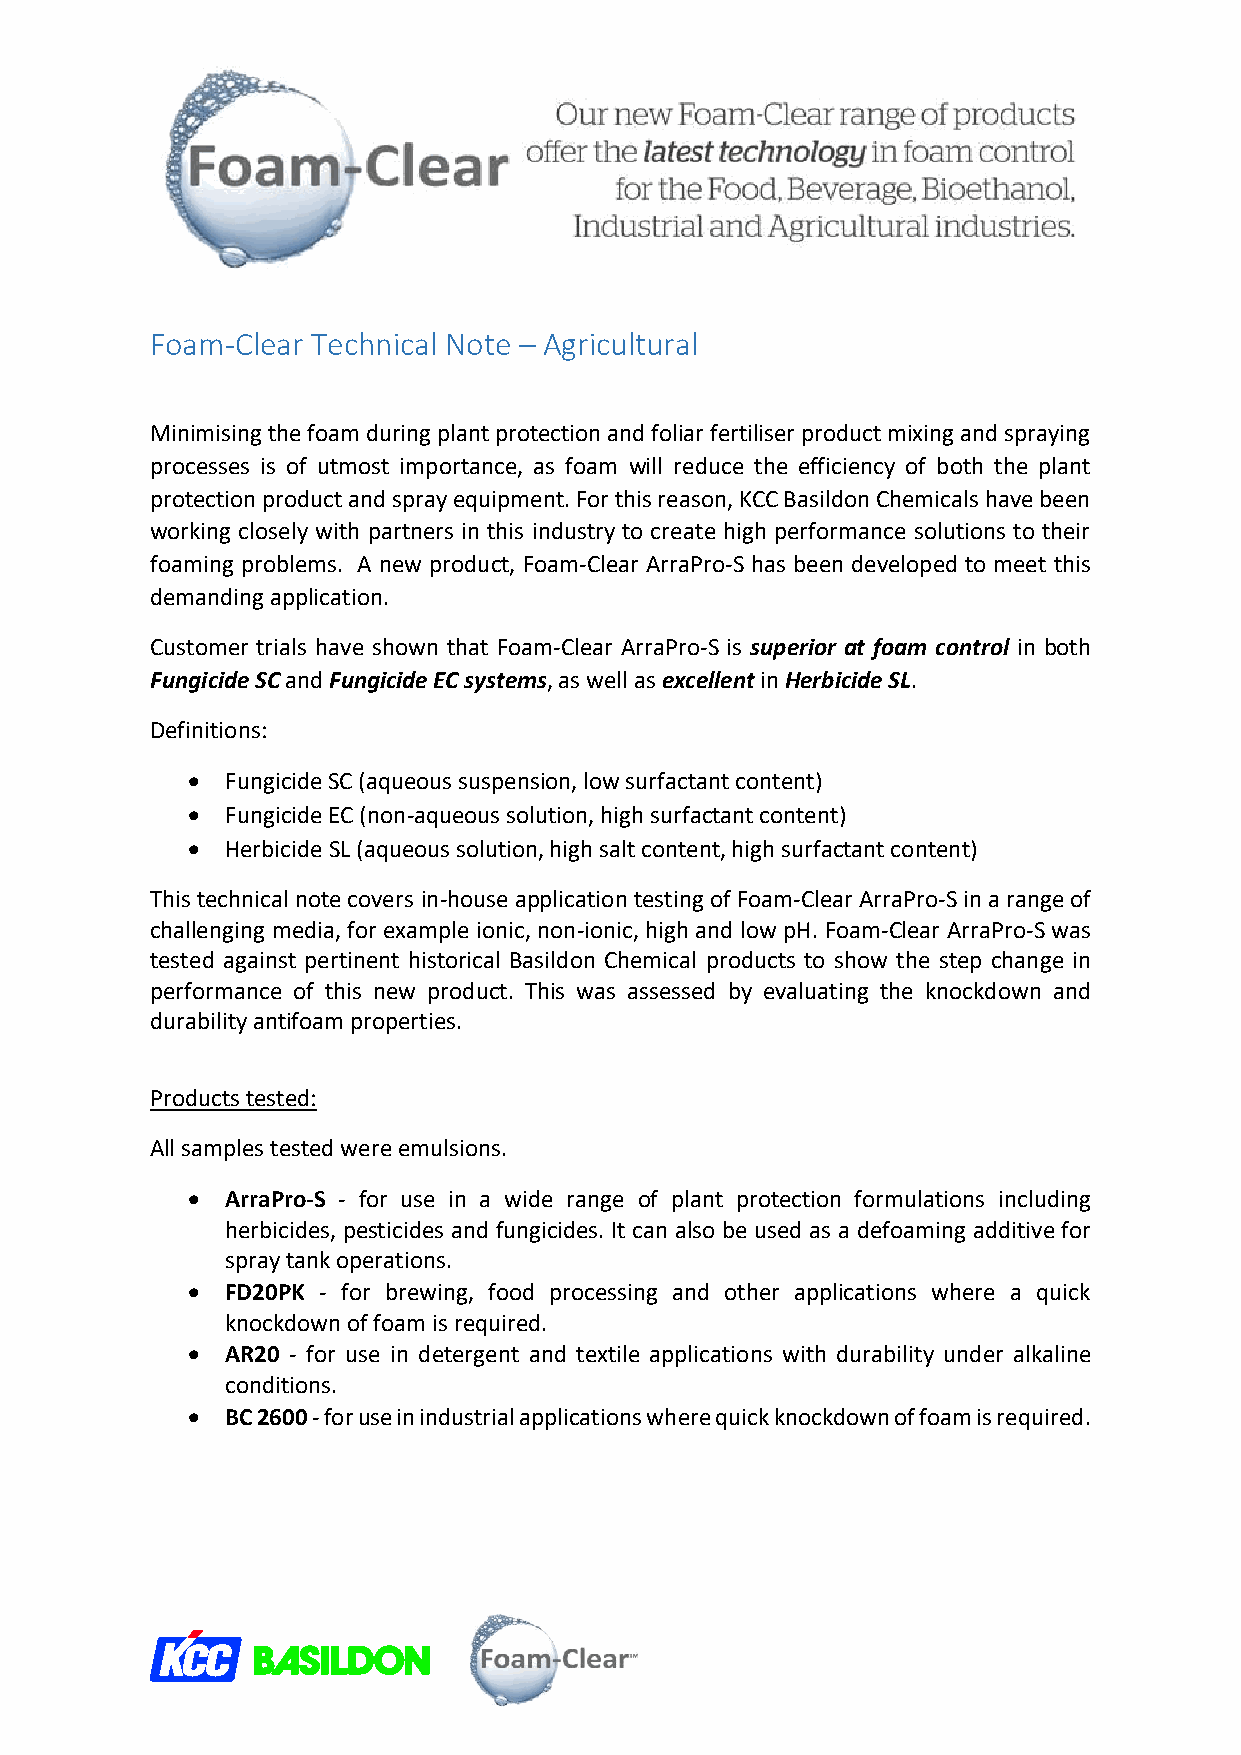
Foam-Clear Technical Note – Agricultural
 Minimising the foam during plant protection and foliar fertiliser product mixing and spraying
 processes is of utmost importance, as foam will reduce the efficiency of both the plant
 protection product and spray equipment. For this reason, KCC Basildon Chemicals have been
 working closely with partners in this industry to create high performance solutions to their
 foaming problems. A new product, Foam-Clear ArraPro-S has been developed to meet this
 demanding application.
 Customer trials have shown that Foam-Clear ArraPro-S is superior at foam control in both
 Fungicide SC and Fungicide EC systems, as well as excellent in Herbicide SL.
 Definitions:
   Fungicide SC (aqueous suspension, low surfactant content)
   Fungicide EC (non-aqueous solution, high surfactant content)
   Herbicide SL (aqueous solution, high salt content, high surfactant content)
 This technical note covers in-house application testing of Foam-Clear ArraPro-S in a range of
 challenging media, for example ionic, non-ionic, high and low pH. Foam-Clear ArraPro-S was
 tested against pertinent historical Basildon Chemical products to show the step change in
 performance of this new product. This was assessed by evaluating the knockdown and
 durability antifoam properties.
 Products tested:
 All samples tested were emulsions.
   ArraPro-S - for use in a wide range of plant protection formulations including
 herbicides, pesticides and fungicides. It can also be used as a defoaming additive for
 spray tank operations.
   FD20PK - for brewing, food processing and other applications where a quick
 knockdown of foam is required.
   AR20 - for use in detergent and textile applications with durability under alkaline
 conditions.
   BC 2600 - for use in industrial applications where quick knockdown of foam is required.